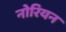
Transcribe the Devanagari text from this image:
नोरियन